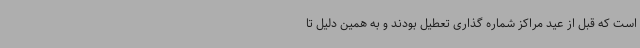
است که قبل از عید مراکز شماره گذاری تعطیل بودند و به همین دلیل تا